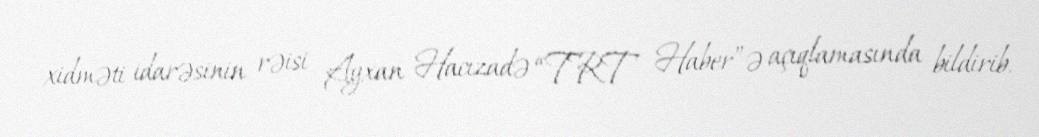
xidməti idarəsinin rəisi Ayxan Hacızadə “TRT Haber”ə açıqlamasında bildirib.